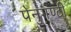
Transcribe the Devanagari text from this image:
पेनुगण्टी